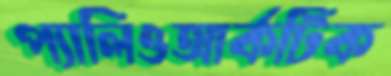
প্যালিওআর্কটিক